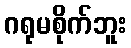
ဂရုမစိုက်ဘူး